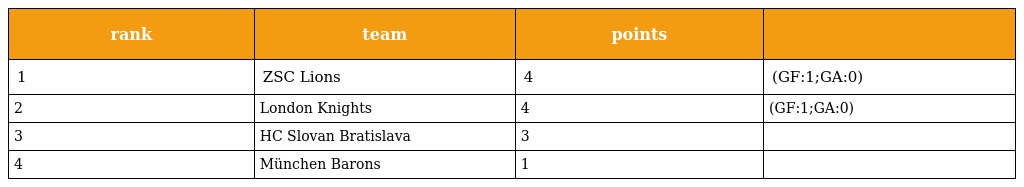
| rank | team | points |  |
 | --- | --- | --- | --- |
 | 1 | ZSC Lions | 4 | (GF:1;GA:0) |
 | 2 | London Knights | 4 | (GF:1;GA:0) |
 | 3 | HC Slovan Bratislava | 3 |  |
 | 4 | München Barons | 1 |  |